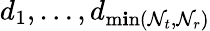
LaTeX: d_{1},\ldots,d_{\operatorname*{m\mathbf{i}n}(\mathcal{N}_{t},\mathcal{N}_{r})}